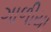
ગાળીયા